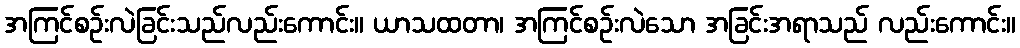
အကြင်စဉ်းလဲခြင်းသည်လည်းကောင်း။ ယာသထတာ၊ အကြင်စဉ်းလဲသော အခြင်းအရာသည် လည်းကောင်း။